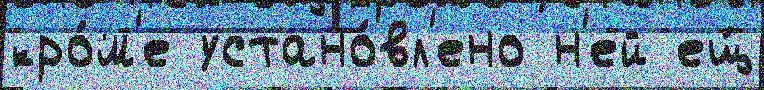
кро́м'е устано́вл'ено н'ей ещ́